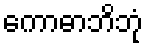
ကောဓာဘိဘုံ